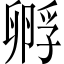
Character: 孵